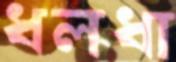
ধলধা